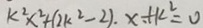
k ^ { 2 } x ^ { 2 } + ( 2 k ^ { 2 } - 2 ) . x . + k ^ { 2 } = 0